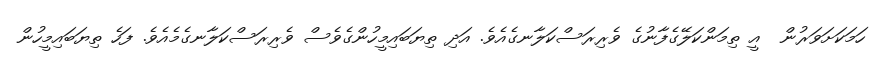
ހަމަކަށަވަރުން  އީ ތިމަންކަލޭގެފާނުގެ ވެރިރަސްކަލާނގެއެވެ. އަދި ތިޔަބައިމީހުންގެވެސް ވެރިރަސްކަލާނގެމެއެވެ. ފަހެ ތިޔަބައިމީހުން